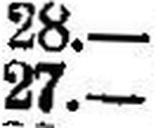
27.—